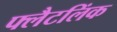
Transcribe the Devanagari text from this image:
फ्लैटलिंक